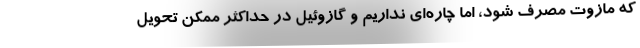
که مازوت مصرف شود، اما چاره‌ای نداریم و گازوئیل در حداکثر ممکن تحویل